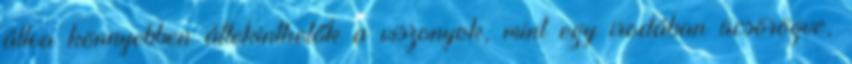
állva könnyebben áttekinthetők a viszonyok, mint egy irodában ücsörögve,